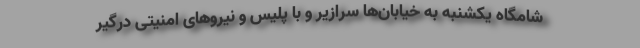
شامگاه یکشنبه به خیابان‌ها سرازیر و با پلیس و نیروهای امنیتی درگیر